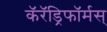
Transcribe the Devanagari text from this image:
कॅरॅड्रिफॉर्मस्